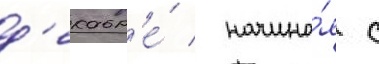
д'екабр'е́ / начина́я с